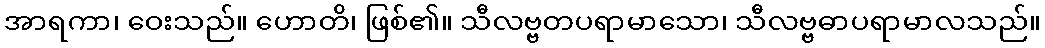
အာရကာ၊ ဝေးသည်။ ဟောတိ၊ ဖြစ်၏။ သီလဗ္ဗတပရာမာသော၊ သီလဗ္ဗဓာပရာမာလသည်။